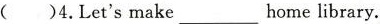
()4.Let'smake___home library.